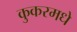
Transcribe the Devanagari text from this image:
कुकरमधे